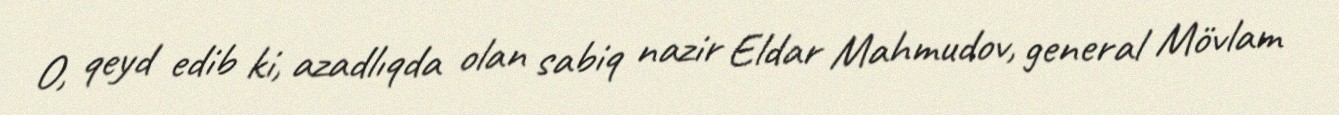
O, qeyd edib ki, azadlıqda olan sabiq nazir Eldar Mahmudov, general Mövlam